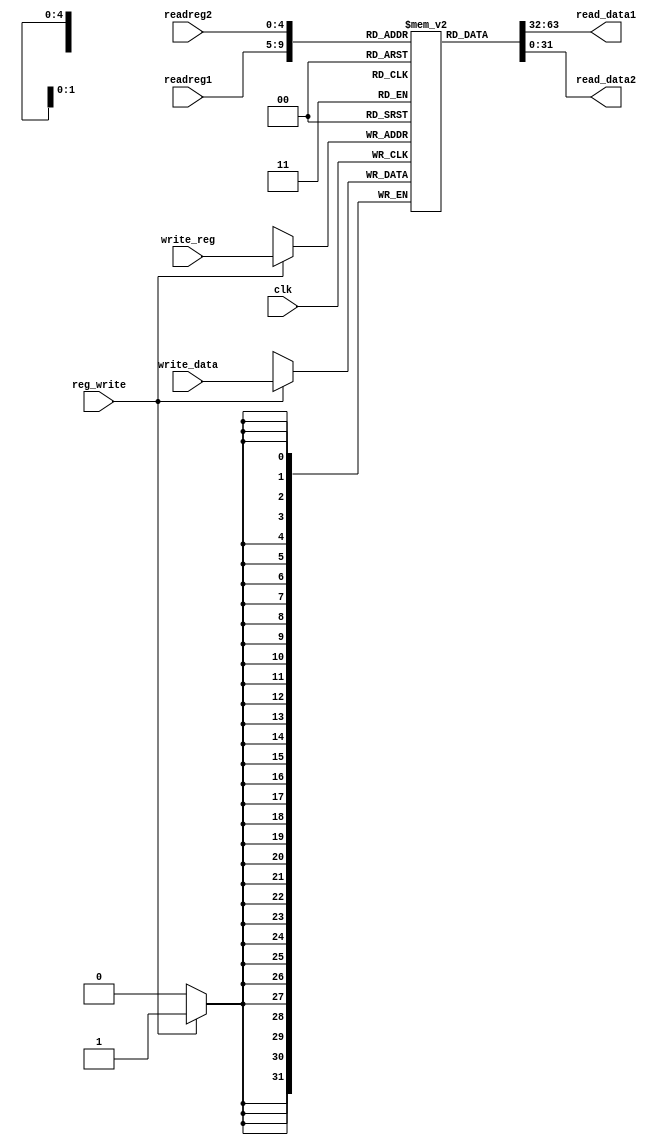
module reg3232(input[4:0] readreg1, readreg2, write_reg,
			   input [31:0] write_data,
			   input reg_write, clk,
			   output reg[31:0] read_data1, read_data2);

	reg[31:0] regfile[31:0];
	
	initial begin
		regfile[0] = 0;
	end

	/*set behavior*/
	always@(readreg1 or readreg2 or regfile) begin
		read_data1 <= regfile[readreg1];
		read_data2 <= regfile[readreg2];
	end

	/* set clock behavior*/
	always@(posedge clk) begin
		if(reg_write)
		regfile[write_reg] <= write_data;
	end
endmodule